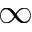
\infty